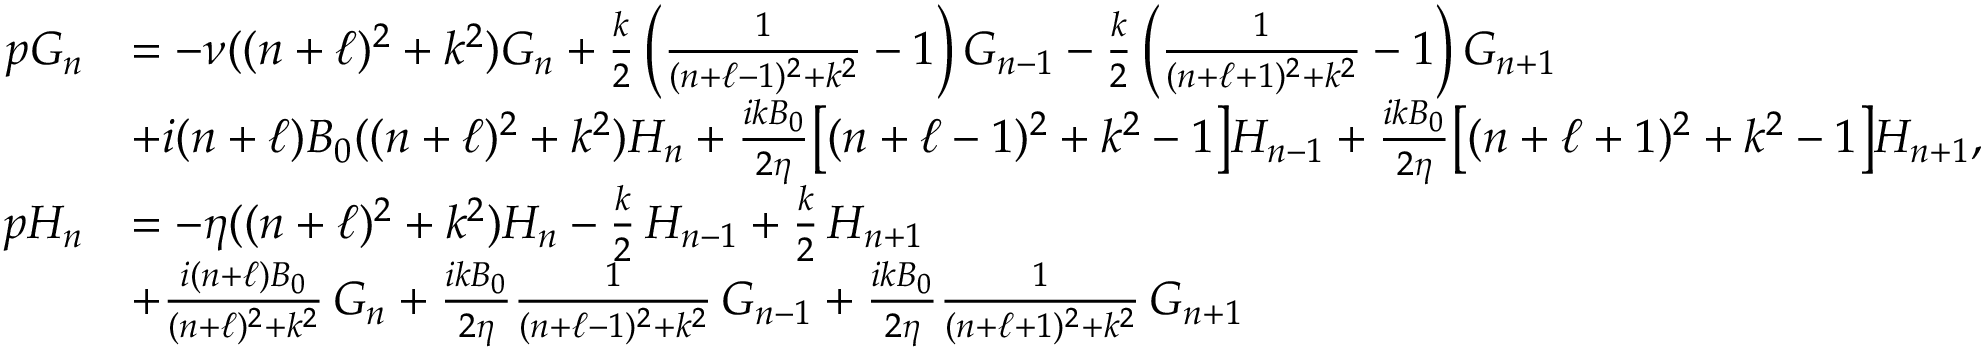
\begin{array} { r l } { p G _ { n } } & { = - \nu ( ( n + \ell ) ^ { 2 } + k ^ { 2 } ) G _ { n } + \frac { k } { 2 } \left( \frac { 1 } { ( n + \ell - 1 ) ^ { 2 } + k ^ { 2 } } - 1 \right) G _ { n - 1 } - \frac { k } { 2 } \left( \frac { 1 } { ( n + \ell + 1 ) ^ { 2 } + k ^ { 2 } } - 1 \right) G _ { n + 1 } } \\ & { + i ( n + \ell ) B _ { 0 } ( ( n + \ell ) ^ { 2 } + k ^ { 2 } ) H _ { n } + \frac { i k B _ { 0 } } { 2 \eta } \bigl [ ( n + \ell - 1 ) ^ { 2 } + k ^ { 2 } - 1 \bigr ] H _ { n - 1 } + \frac { i k B _ { 0 } } { 2 \eta } \bigl [ ( n + \ell + 1 ) ^ { 2 } + k ^ { 2 } - 1 \bigr ] H _ { n + 1 } , } \\ { p H _ { n } } & { = - \eta ( ( n + \ell ) ^ { 2 } + k ^ { 2 } ) H _ { n } - \frac { k } { 2 } \, H _ { n - 1 } + \frac { k } { 2 } \, H _ { n + 1 } } \\ & { + \frac { i ( n + \ell ) B _ { 0 } } { ( n + \ell ) ^ { 2 } + k ^ { 2 } } \, G _ { n } + \frac { i k B _ { 0 } } { 2 \eta } \frac { 1 } { ( n + \ell - 1 ) ^ { 2 } + k ^ { 2 } } \, G _ { n - 1 } + \frac { i k B _ { 0 } } { 2 \eta } \frac { 1 } { ( n + \ell + 1 ) ^ { 2 } + k ^ { 2 } } \, G _ { n + 1 } } \end{array}